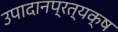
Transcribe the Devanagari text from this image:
उपादानप्रत्यक्ष